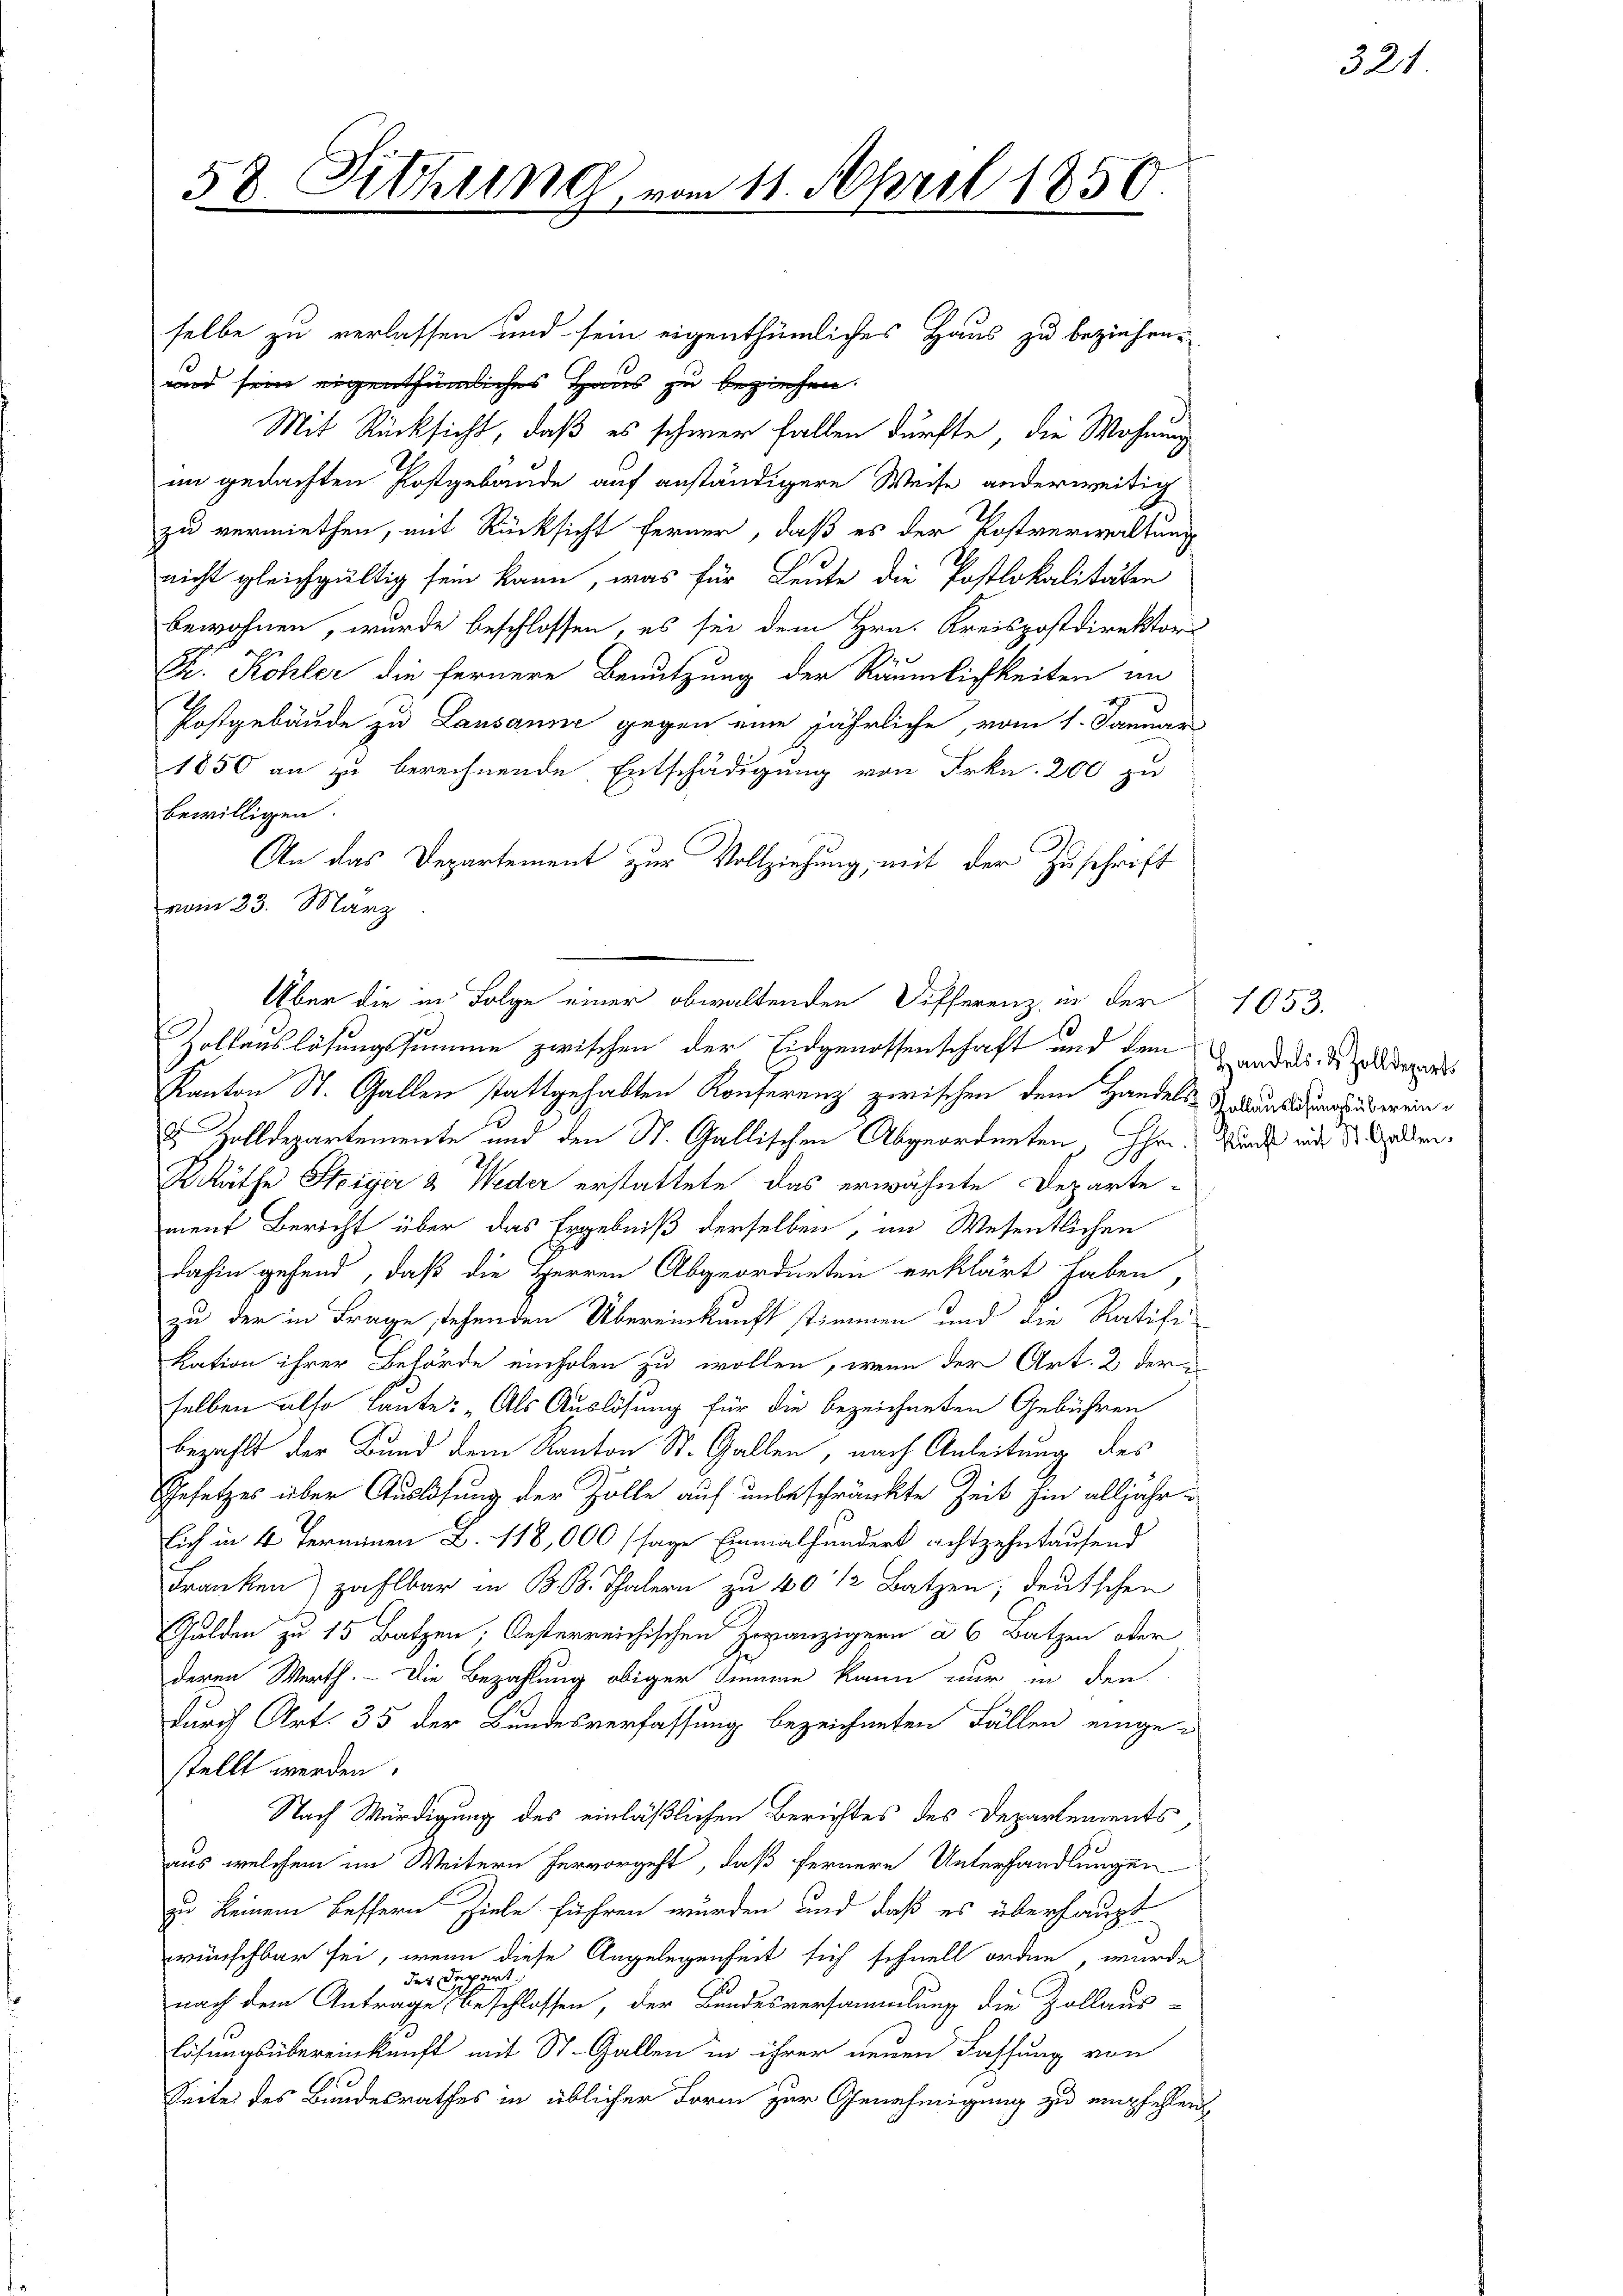
58. Sitzung vom 11. April 1850.
.

selbe zu verlassen und sein eigenthümliches Haus zu beziehen.
und sein eigenthümliches Haus zu beziehen.
Mit Rücksicht, daß es schwer fallen dürfte, die Wohnung
im gedachten Kostgebäude auf anständigere Weise anderweitig
zu vermiethen, mit Rücksicht ferner, daß es der Postverwaltung
nicht gleichgültig sein kann, was für Leute die Postlokalitäten
bewohnen, wurde beschlossen, es sei dem Hrn. Kreispostdirektor
Fr. Kohler die fernere Benutzung der Räumlichkeiten an
Postgebäude zu Lausanne gegen eine jährliche, vom 1. Januar
1850 an zu berechnende Entschädigung von Frkn. 200 zu
bewilligen.
An das Departement zur Vollziehung, mit der Zuschrift
vom 23. März
Über die in Folge einer obwaltenden Differenz in der
Zollauslösungssumme zwischen der Eidgenossenschaft und dem
Kanton St. Gallen stattgehabten Konferenz zwischen dem Handels- und aus mein¬
8 Zolldepartemente und den St. Gallischen Abgeordneten, Ihre Wurde mit die allen¬
Kräthe Steiger & Weder erstattete das erwähnte Departe-
ment Bericht über das Ergebniß derselben, im Wesentlichen
dahin gehend, daß die Herren Abgeordneten erklärt haben,
zu der in Frage stehenden Übereinkunft stimmen und die Ratifikation ihrer Behörde einholen zu wollen, wenn der Art. 2 der
selben also laute: „Als Auslösung für die bezeichneten Gebühren
bezahlt der Bund dem Kanton St. Gallen, nach Anleitung des
Gesetzes über Auslösung der Zölle auf unbeschränkte Zeit hin alljähr¬
Eich in 4 Terminen L. 118,000 sage Einmalhunders achtzehntausend
Franken zahlbar in B. B. Thalern zu 40 1/2 Batzen; deutschen
Schulden zu 15 Batzen, besterreichischen Horanzigern à 6 Batzen oder
deren Werth. - Die Bezahlung obiger Summe kann nur in den
durch Art. 35 der Bundesverfassung bezeichneten Fällen einge-
stellt werden.
Nach Würdigung des einläßlichen Berichtes des Departements
aus welchem im Weitern hervorgeht, daß fernere Unterhandlungen
zu keinem bestern Ziele führen würden und daß es überhaupt
wünschbar sei, wenn diese Angelegenheit sich schnell orden, wurde
des Dichtung
nach dem Antrage beschlossen, der Bandesversammlung die Zollaus-
lösungsübereinkunft mit St. Gallen in ihrer neuen Fassung von
Seite des Bundesrathes in üblicher Form zur Genehmigung zu empfehlen

10

1053.
Handels- & Zolldepart

321